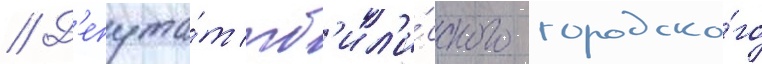
// Д'епута́т тб'ил'и́сского городско́го